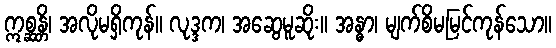
ဣစ္ဆန္တိ၊ အလိုမရှိကုန်။ လုဒ္ဒက၊ အဆွေမူဆိုး။ အန္ဓာ၊ မျက်စိမမြင်ကုန်သော။